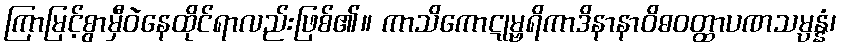
ကြာမြင့်စွာမှီဝဲနေထိုင်ရာလည်းဖြစ်၏။ ကာသိကောဋုမ္ဗရိကာဒိနာနာဝိဓဝတ္ထာပဏသမ္ပန္နံ၊